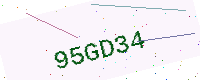
Text: 95GD34